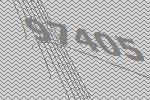
97405